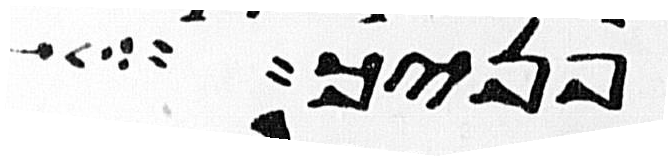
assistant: פניך